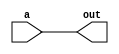
module test (
    input a,
    output out
);

assign out = a;
    
endmodule